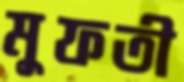
মুফতী